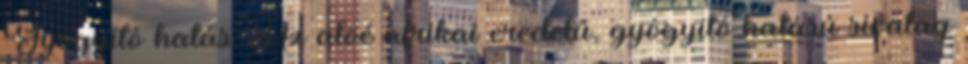
Gyógyító hatás: Az aloé afrikai eredetű, gyógyító hatású sivatag